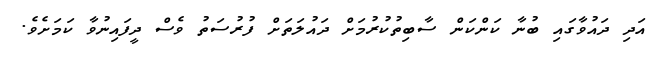
އަދި ދައުވާގައި ބުނާ ކަންކަން ސާބިތުކުރުމަށް ދައުލަތަށް ފުރުސަތު ވެސް ދީފައިނުވާ ކަމަށެވެ.